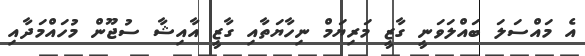
އެ މައްސަލަ ބައްލަވަނީ ގާޒީ މަރިޔަމް ނިހާޔަތާއި ގާޒީ އާއިޝާ ސުޖޫން މުހައްމަދާއި